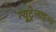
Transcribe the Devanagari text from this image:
न्यूट्रेलाइज्ड